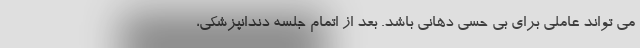
می تواند عاملی برای بی حسی دهانی باشد. بعد از اتمام جلسه دندانپزشکی،